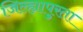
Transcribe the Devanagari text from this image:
जिल्ह्यापुरता